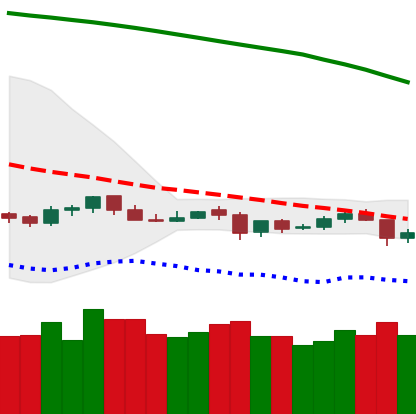
Ticker: NEO-USD
Chart end date: 2019-10-24
Forward return: 52.95%
Label: up_7plus